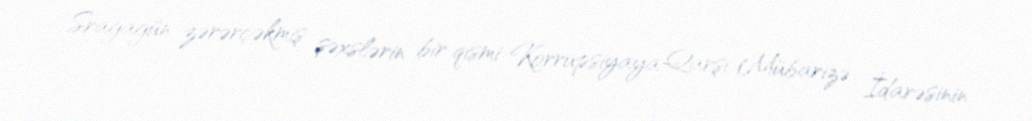
Srağagün zərərçəkmiş şəxslərin bir qismi Korrupsiyaya Qarşı Mübarizə İdarəsinin